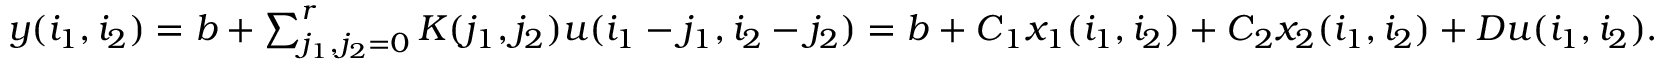
\begin{array} { r } { y ( i _ { 1 } , i _ { 2 } ) = b + \sum _ { j _ { 1 } , j _ { 2 } = 0 } ^ { r } \boldsymbol { K } ( j _ { 1 } , j _ { 2 } ) u ( i _ { 1 } - j _ { 1 } , i _ { 2 } - j _ { 2 } ) = b + \boldsymbol { C } _ { 1 } x _ { 1 } ( i _ { 1 } , i _ { 2 } ) + \boldsymbol { C } _ { 2 } x _ { 2 } ( i _ { 1 } , i _ { 2 } ) + \boldsymbol { D } u ( i _ { 1 } , i _ { 2 } ) . } \end{array}